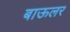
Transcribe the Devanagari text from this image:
बाऊलर